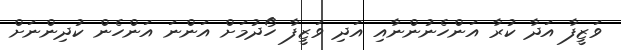
ވަޒީފާ އަދާ ކުރާ އަންހެނުންނާއި އަދި ވަޒީފާ ހޯދުމަށް އަންނަ އަންހެން ކުދިންނަށް